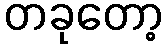
တခုတော့